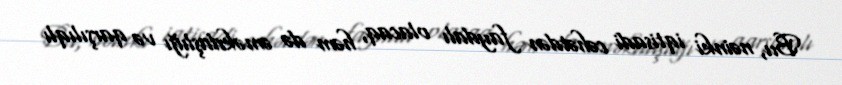
Bu, nəinki iqtisadi cəhətdən faydalı olacaq, həm də əməkdaşlığı və qarşılıqlı